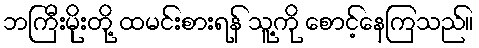
ဘကြီးမိုးတို့ ထမင်းစားရန် သူ့ကို စောင့်နေကြသည်။